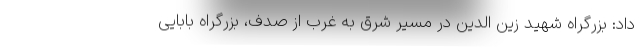
داد: بزرگراه شهید زین الدین در مسیر شرق به غرب از صدف، بزرگراه بابایی